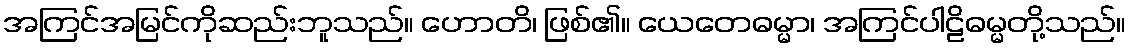
အကြင်အမြင်ကိုဆည်းဘူသည်။ ဟောတိ၊ ဖြစ်၏။ ယေတေဓမ္မာ၊ အကြင်ပါဠိဓမ္မတို့သည်။